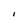
Character: i